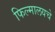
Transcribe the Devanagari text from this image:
फिल्मालयचे